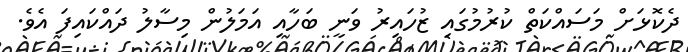
ދެކޮޅަށް މަސައްކަތް ކުރުމުގައި ޒުހައިރު ވަނީ ބަހާއި އަމަލުން މިސާލު ދައްކައިފަ އެވެ.